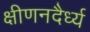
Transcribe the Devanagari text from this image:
क्षीणनदैर्ध्य